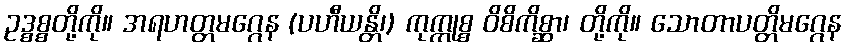
ဥဒ္စစ္စတို့ကို။ အရဟတ္တမဂ္ဂေန (ပဟီယန္တိ၊) ကုက္ကုစ္စ ဝိစိကိစ္ဆာ၊ တို့ကို။ သောတာပတ္တိမဂ္ဂေန